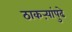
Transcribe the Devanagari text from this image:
ठाकऱ्यांपुढे